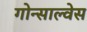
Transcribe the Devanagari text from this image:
गोन्साल्वेस